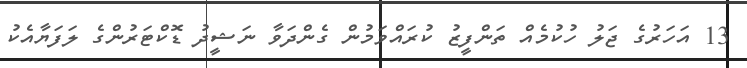
13 އަހަރުގެ ޖަލު ހުކުމެއް ތަންފީޒު ކުރައްވަމުން ގެންދަވާ ނަޝީދު ޑޮކްޓަރުންގެ ލަފަޔާއެކު